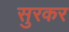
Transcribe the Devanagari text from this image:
सुरकर